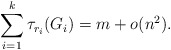
\begin{align*} \sum_{i=1}^k \tau_{r_i}(G_i)= m+o(n^2). \end{align*}